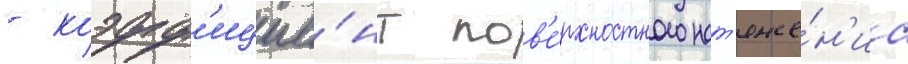
- коэфф'ицие́нт пов'е́рхностного нат'яже́н'иа